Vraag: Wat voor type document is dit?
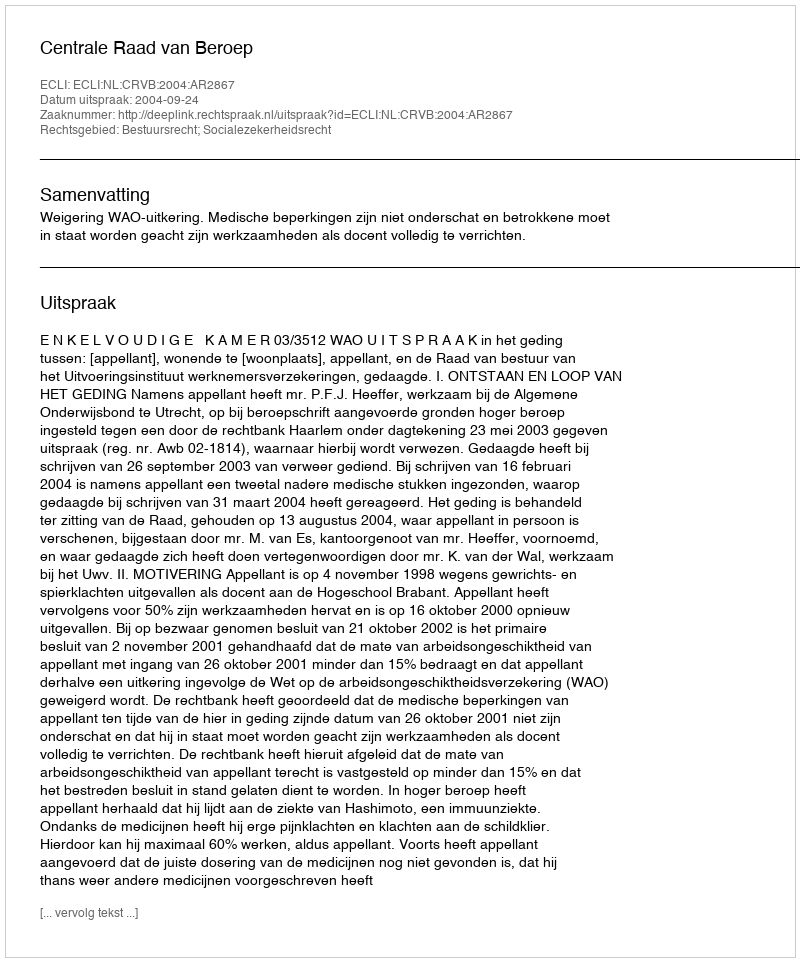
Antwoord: Uitspraak